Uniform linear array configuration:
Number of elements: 48
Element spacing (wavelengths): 0.75
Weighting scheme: binomial
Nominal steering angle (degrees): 0
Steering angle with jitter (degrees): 1.165
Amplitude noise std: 0.05
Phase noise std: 0.05

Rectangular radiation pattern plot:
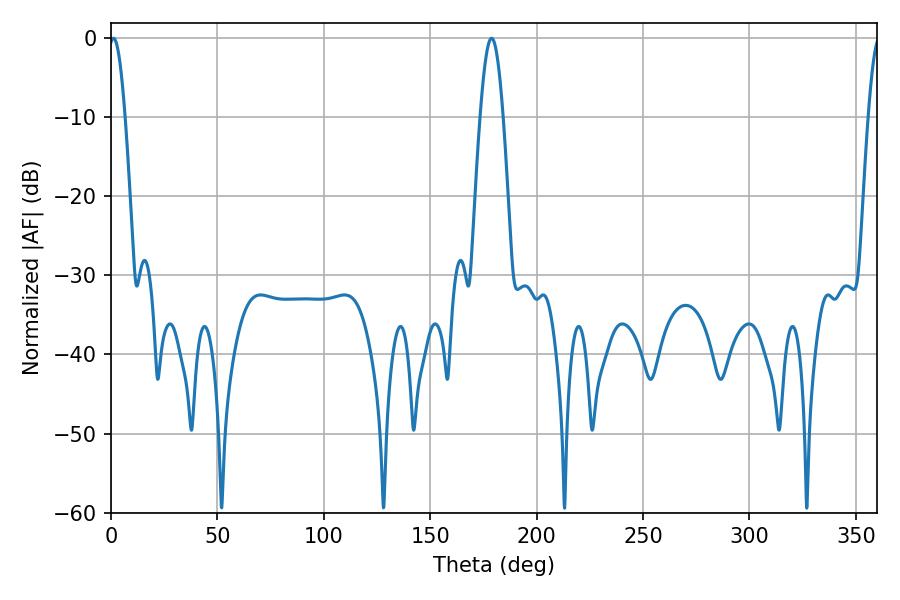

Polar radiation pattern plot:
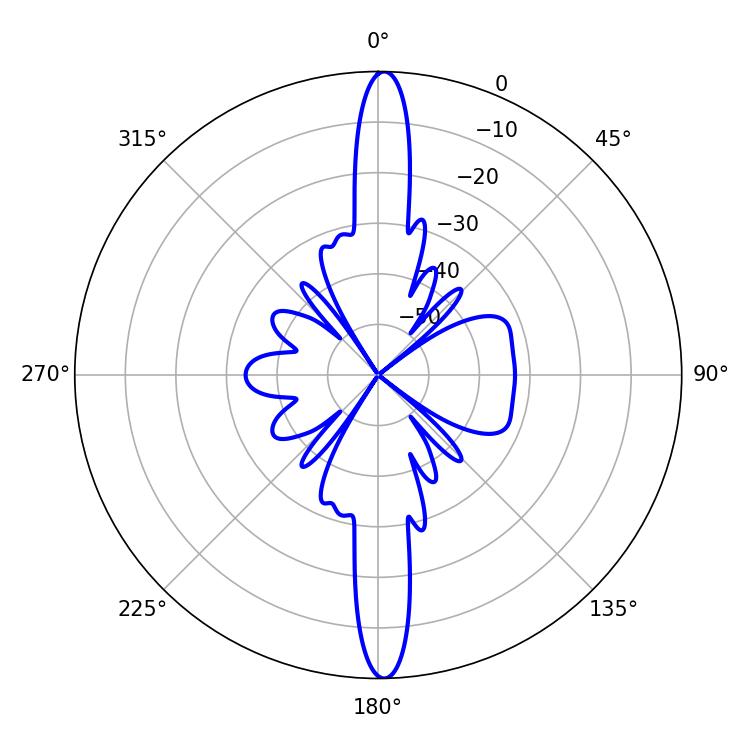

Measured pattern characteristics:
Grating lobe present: TRUE
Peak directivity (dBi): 26.18
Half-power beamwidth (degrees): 4.14
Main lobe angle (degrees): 1.08